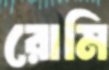
রোমি